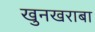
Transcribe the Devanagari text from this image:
खुनखराबा